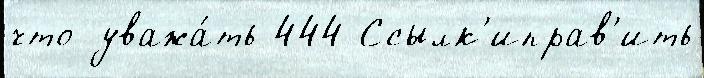
что уважа́ть 444 Ссылк'иправ'ить